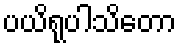
ပယိရုပါသိတော